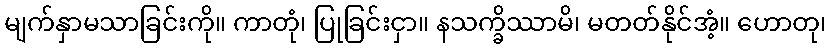
မျက်နှာမသာခြင်းကို။ ကာတုံ၊ ပြုခြင်းငှာ။ နသက္ခိဿာမိ၊ မတတ်နိုင်အံ့။ ဟောတု၊